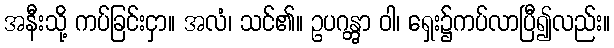
အနီးသို့ ကပ်ခြင်းငှာ။ အလံ၊ သင်၏။ ဥပဂန္တွာ ဝါ၊ ရှေး၌ကပ်လာပြီ၍လည်း။